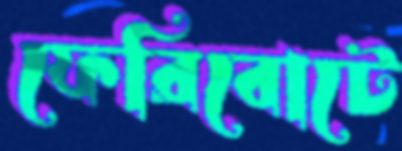
ফেরিবোটে